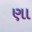
ણા